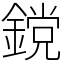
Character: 鎲